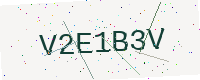
Text: V2E1B3V